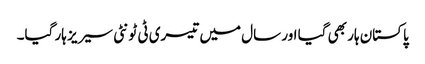
پاکستان ہار بھی گیا اور سال میں تیسری ٹی ٹونٹی سیریز ہار گیا۔